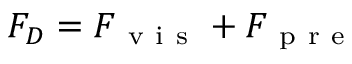
F _ { D } = F _ { \mathrm { ~ v ~ i ~ s ~ } } + F _ { \mathrm { ~ p ~ r ~ e ~ } }